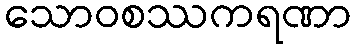
သောဝစဿကရဏာ